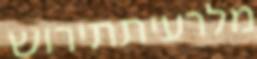
מלרעיתתירוש